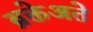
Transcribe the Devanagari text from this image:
ब्रक्तेअते